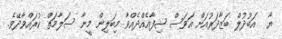
ޔާ  އަބުދުލް ބަޒާދަރުއަށް އަވަސް ޝިފާއެއްދެއްވާ މިބަލިން މީނާ ސަލާމަތް ކުރައްވާދޭވެ.